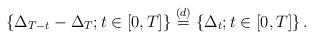
LaTeX: \begin{align*} \{\Delta_{T-t} - \Delta_{T}; t\in [0,T]\} \overset{\text(d)}{=}\{\Delta_t; t\in [0,T]\} \, . \end{align*}